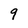
Character: 9